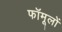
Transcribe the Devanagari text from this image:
फॉमूलों